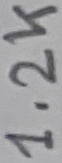
Text: 1.2H